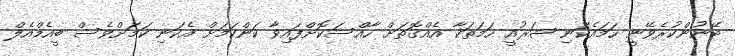
ބޭނުންކުރެވޭނީ ހަމައެކަނި ޝަރުއީ ހަމަތަކާ އެއްގޮތަށް ހާއްސަކޮށްފައިވާ ކަންކަމަށް އެކަނި ކަމަށްވެސް ބީއެމްއެލް